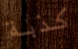
كذبة